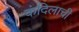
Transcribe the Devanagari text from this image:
कंदिलाची